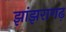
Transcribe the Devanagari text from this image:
झांझरागढ़